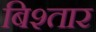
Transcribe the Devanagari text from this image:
बिश्तार